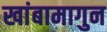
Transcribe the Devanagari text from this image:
खांबामागुन